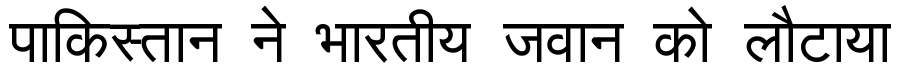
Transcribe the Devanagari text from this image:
पाकिस्तान ने भारतीय जवान को लौटाया